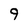
Character: 9